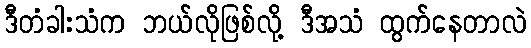
ဒီတံခါးသံက ဘယ်လိုဖြစ်လို့ ဒီအသံ ထွက်နေတာလဲ